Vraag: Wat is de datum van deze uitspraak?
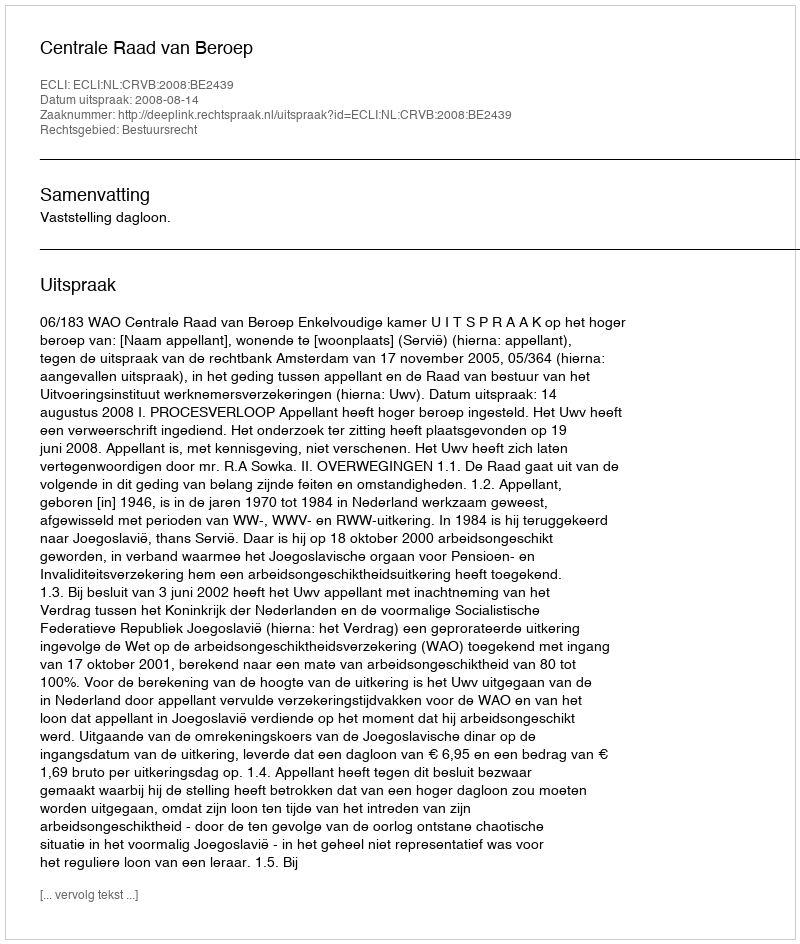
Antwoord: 2008-08-14